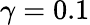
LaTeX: \gamma=0.1